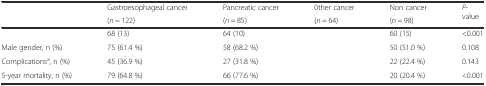
<table><thead><tr><td rowspan="2">[EMPTY_CELL]</td><td><b>Gastroesophageal cancer</b></td><td><b>Pancreatic cancer</b></td><td><b>0ther cancer</b></td><td><b>Non cancer</b></td><td rowspan="2"><b><i>P</i>-value</b></td></tr><tr><td><b>(<i>n</i> = 122)</b></td><td><b>(<i>n</i> = 85)</b></td><td><b>(<i>n</i> = 64)</b></td><td><b>(<i>n</i> = 98)</b></td></tr></thead><tbody><tr><td>[EMPTY_CELL]</td><td>68 (13)</td><td>64 (10)</td><td>[EMPTY_CELL]</td><td>60 (15)</td><td>&lt;0.001</td></tr><tr><td>Male gender, n (%)</td><td>75 (61.4 %)</td><td>58 (68.2 %)</td><td>[EMPTY_CELL]</td><td>50 (51.0 %)</td><td>0.108</td></tr><tr><td>Complications<sup>a</sup>, n (%)</td><td>45 (36.9 %)</td><td>27 (31.8 %)</td><td>[EMPTY_CELL]</td><td>22 (22.4 %)</td><td>0.143</td></tr><tr><td>5-year mortality, n (%)</td><td>79 (64.8 %)</td><td>66 (77.6 %)</td><td>[EMPTY_CELL]</td><td>20 (20.4 %)</td><td>&lt;0.001</td></tr></tbody></table>